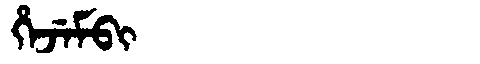
Manchu: ᡥᡝᠵᡝᠮᠪᡳ
Romanization: HEJEMBI